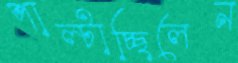
পাল্‌টাচ্ছিলেন